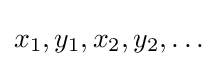
x_{1},y_{1},x_{2},y_{2},\ldots